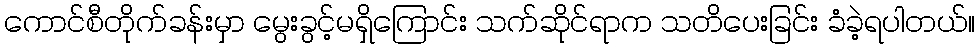
ကောင်စီတိုက်ခန်းမှာ မွေးခွင့်မရှိကြောင်း သက်ဆိုင်ရာက သတိပေးခြင်း ခံခဲ့ရပါတယ်။